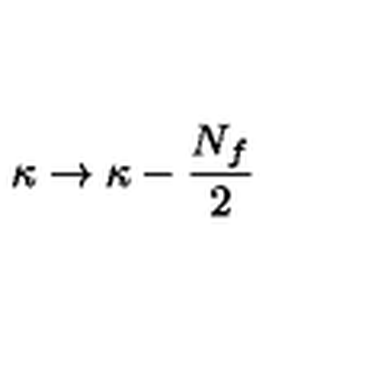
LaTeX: \kappa \rightarrow \kappa - { \frac { N _ { f } } { 2 } }